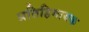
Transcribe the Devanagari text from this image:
प्रतिहिमायक